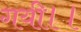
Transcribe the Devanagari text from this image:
गयी।।